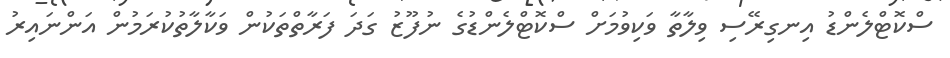
ސްކޮޓްލެންޑު އިނގިރޭސި ވިލާތާ ވަކިވުމަށް ސްކޮޓްލެންޑުގެ ނުފޫޒު ގަދަ ފަރާތްތަކުން ވަކާލާތުކުރަމުން އަންނައިރު